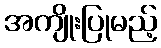
အကျိုးပြုမည့်